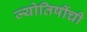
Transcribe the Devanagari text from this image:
ज्योतिषींची